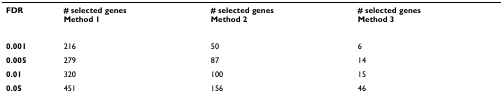
| FDR | # selected genes Method 1 | # selected genes Method 2 | # selected genes Method 3 |
 | --- | --- | --- | --- |
 | 0.001 | 216 | 50 | 6 |
 | 0.005 | 279 | 87 | 14 |
 | 0.01 | 320 | 100 | 15 |
 | 0.05 | 451 | 156 | 46 |